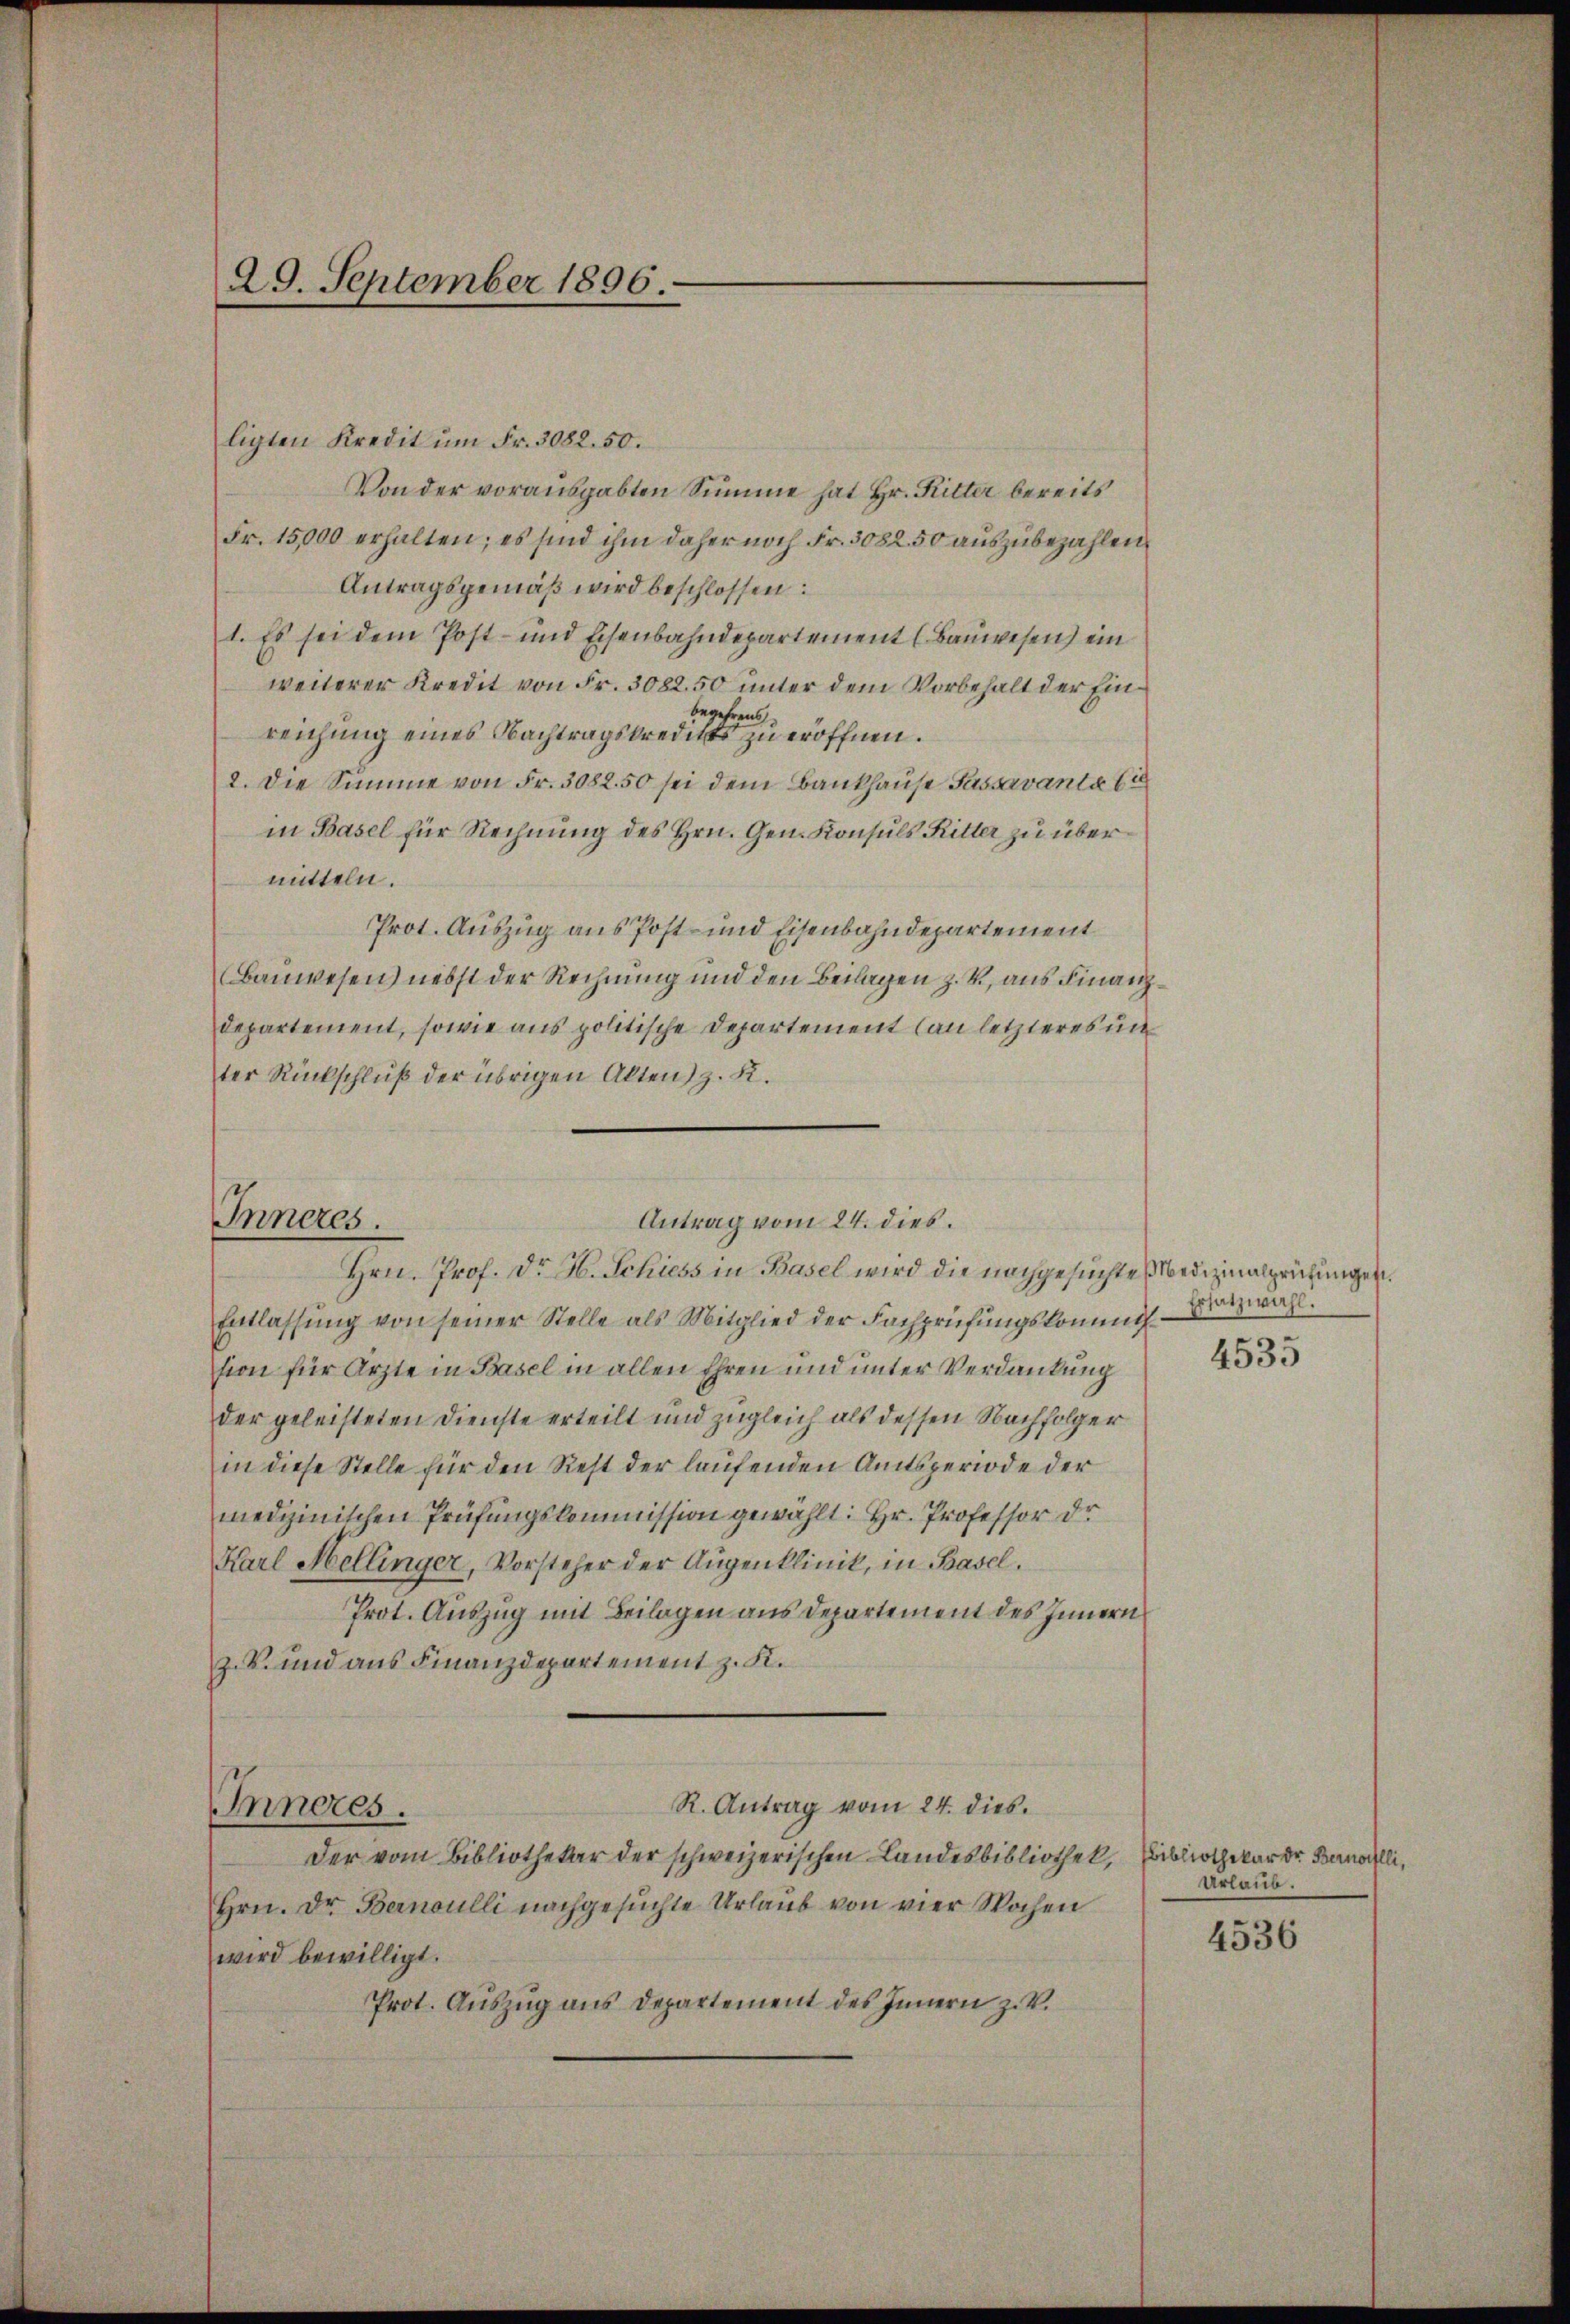
29. September 1896.

ligten Kredit um Fr. 3082. 50.
Von der vorausgabten Summe hat Hr. Ritter bereits
Fr. 15,000 erhalten; es sind ihm daher noch Fr. 3082.50 auszubezahlen.
Antragsgemäß wird beschlossen:
1. Es sei dem Post- und Eisenbahndepartement (Bauwesen) ein
weiterer Kredit von Fr. 3082. 50 unter dem Vorbehalt der Einbegehrens
reichung eines Nachtragskredites zu eröffnen.
2. Die Summe von Fr. 3082. 50 sei dem Bankhause Fassavanta i
in Basel für Rechnung des Hrn. Gen. Konsuls Ritter zu übermitteln.
Prot. Auszug aus Post- und Eisenbahndepartement
Bauwesen) nebst der Rechnung und den Beilagen z. B., aus Finanzdepartement, sowie aus politische Departement an letzteres un
ter Rückschluß der übrigen Akten) z. R.
Hrn. Prof. Dr. H. Schiess in Basel wird die nachgesuchte Medizinalprüfungen.
Entlassŭng von seiner Stelle als Mitglied der Fachprüfŭngskommission für Arzte in Basel in allen Ehren und unter Verdankung
der geleisteten Dienste erteilt und zugleich als dessen Nachfolger
in diese Stelle für den Rest der laufenden Amtsperiode der
medizinischen Prüfungskommission gewählt: Hr. Professor de
Karl Mellinger, Vorsteher der Augenklinik, in Basel.
Prot. Auszug mit Beilagen aus Departement des Innern
zik. und aus Finanzdepartement z. K.
R. Antrag vom 24. dies
Inneres.
Der vom Bibliothekar der schweizerischen Landesbibliothek, Bibliothekar der Bernoulli,
Hrn. Dr. Bernoulli nachgesuchte Urlaub von vier Wochen
wird bewilligt.
Prot. Auszug aus Departement des Innern z. V.

Pnaes.

Antrag vom 24. dies

Ersatzwahl.
4535

Urlaub.

4536